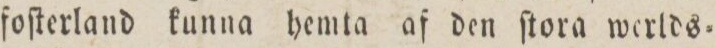
foſterland kunna hemta af den ſtora werlds=